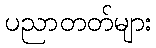
ပညာတတ်များ